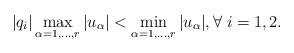
LaTeX: \begin{align*} |q_i| \max_{\alpha = 1, \dots, r} |u_\alpha| < \min_{\alpha=1, \dots, r} |u_\alpha| ,\forall\; i = 1,2.\end{align*}